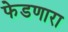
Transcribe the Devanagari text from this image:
फेडणारा